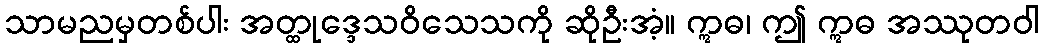
သာမညမှတစ်ပါး အတ္ထုဒ္ဒေသဝိသေသကို ဆိုဦးအံ့။ ဣဓ၊ ဤ ဣဓ အဿုတဝါ